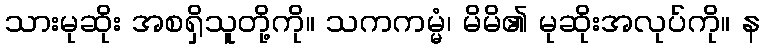
သားမုဆိုး အစရှိသူတို့ကို။ သကကမ္မံ၊ မိမိ၏ မုဆိုးအလုပ်ကို။ န